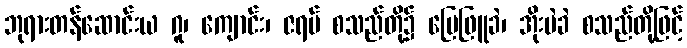
ဘုရားတန်ဆောင်းယ ဂူ၊ ကျောင်း၊ ဇရပ် စသည်တို့၌ မြေဖြူခဲ၊ အိုးမဲခဲ စသည်တို့ဖြင့်